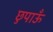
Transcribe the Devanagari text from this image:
छुपाऊँ